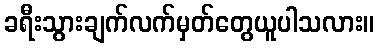
ခရီးသွားချက်လက်မှတ်တွေယူပါသလား။